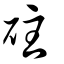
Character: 砫